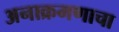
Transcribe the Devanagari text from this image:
अनाक्रमणाचा